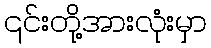
၎င်းတို့အားလုံးမှာ